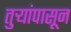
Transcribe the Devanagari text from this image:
तुर्‍यांपासून